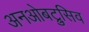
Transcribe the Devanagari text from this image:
अनओबट्रुसिव